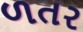
ળતર